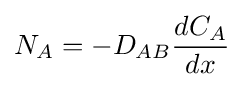
N_{A}=-D_{AB}{\frac {dC_{A}}{dx}}